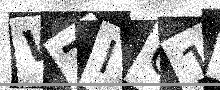
Text: W7IC1Q